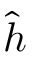
\hat { h }